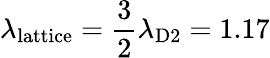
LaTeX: \lambda_{\mathrm{lattice}}=\frac{3}{2}\lambda_{\mathrm{D2}}=1.17